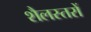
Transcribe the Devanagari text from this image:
शैलस्तरों